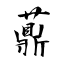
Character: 薡